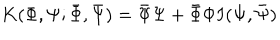
K ( \Phi , \Psi ; \bar { \Phi } , \bar { \Psi } ) = \bar { \Psi } \Psi + \bar { \Phi } \Phi I ( \Psi , \bar { \Psi } )